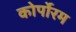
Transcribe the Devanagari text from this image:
कोर्पोरम